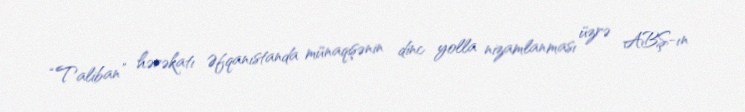
“Taliban” hərəkatı Əfqanıstanda münaqişənin dinc yolla nizamlanması üzrə ABŞ-ın